Report on sanitation, dispensaries, and jails in Rajputana for 1915, and on vaccination for the year 1915-1916 - 1915-1916
Year: 1915
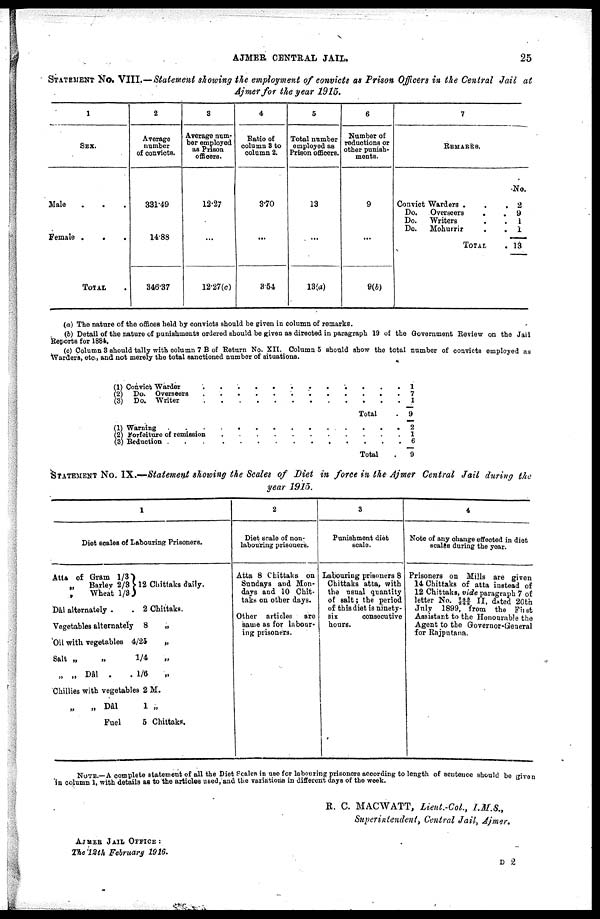
AJMER CENTRAL JAIL.
25
STATEMENT No. VIII.—Statement showing the employment of convicts as Prison Officers in the Central Jail at
Ajmer for the year 1915.
1
SEX.
Male . . .
Female . . .
TOTAL
2
Average
number
of convicts.
331.49
14.88
346.37
3
Average num-
ber employed
as Prison
officers.
12.27
...
12.27(c)
4
Ratio of
column 8 to
column 2.
3.70
...
3.54
5
Total number
employed as
Prison officers.
13
...
13(a)
6
Number of
reductions or
other punish¬
ments.
9
...
9(b)
7
REMARKS.
Convict Warders . . .
Do.
Overseers . .
Do.
Writers . .
Do.
Mohurrir . .
TOTAL.
No.
2
9
1
1
13
(a) The nature of the offices held by convicts should be given in column of remarks.
(b) Detail of the nature of punishments ordered should be given as directed in paragraph 19 of the Government Review on the Jail
Reports for 1884.
(c) Column 3 should tally with column 7 B of Return No. XII. Column 5 should show the total number of convicts employed as
Warders, etc., and not merely the total sanctioned number of situations.
(1)
(2)
(3)
(1)
(2)
(3)
Convict Warder . . . . . .
Do. Overseers . . . . . .
Do. Writer . . . . .
Total .
Warning . . . . . .
Forfeiture of remission . . . .
Reduction
.
.
.
.
.
Total .
1
7
1
9
2
1
6
9
STATEMENT No. IX.—Statement showing the Scales of Diet in force in the Ajmer Central Jail during the
year 1915.
1
Diet scales of Labouring Prisoners.
Atta of Gram 1/3
„
Barley 2/3
,
Wheat 1/3
Dâl alternately
.
.
Vegetables alternately
Oil with vegetables
Salt
„
„
„ „ Dâl
.
.
12 Chittaks daily.
2 Chittaks.
8
„
4/25
„
1/4
1/6
„
Chillies with vegetables 2 M.
„
„
Dâl
1 „
Fuel
6 Chittaks.
2
Diet scale of non¬
labouring prisoners.
Atta 8 Chittaks on
Sundays and Mon-
days and 10 Chit¬
taks on other days.
Other articles
are
same as for labour¬
ing prisoners.
3
Punishment diet
scale.
Labouring prisoners 8
Chittaks atta, with
the usual quantity
of salt; the period
of this diet is ninety¬
six
consecutive
hours.
4
Note of any change effected in diet
scales during the year.
Prisoners on Mills are given
14 Chittaka of atta instead of
12 Chittaks, vide paragraph 7 of
letter No. 746/248 II, dated 20th
July 1899, from the First
Assistant to the Honourable the
Agent to the Governor-General
for Rajpatana.
NOTE.—A complete statement of all the Diet Scales in use for labouring prisoners according to length of sentence should be riven
in column 1, with details as to the articles used, and the variations in different days of the week.
R. C. MACWATT, Lieut.-Col., I.M.S.,
Superintendent, Central Jail, Ajmer.
AJMER JAIL OFFICE:
The 12th February 1916.
D 2